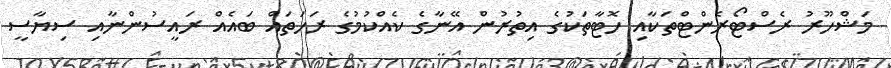
މަޝްހޫރު ރެސްޓޯރެންޓްތަކާއި ހޮޓާތަކުގެ އިތުރުން އޭނާގެ ކެއްކުމުގެ ރަހަތައް ބައެއް ރައީސުންނާއި ސިޔާސީ